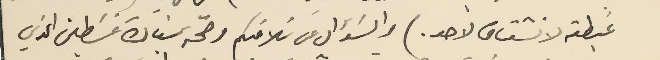
غبطته لا نشتاق لاحد.) والسَؤال عن سَلامتكم وصحّة سيادة غسَطين الذي